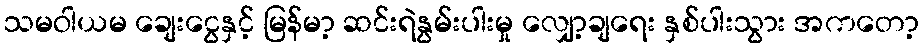
သမဝါယမ ချေးငွေနှင့် မြန်မာ့ ဆင်းရဲနွမ်းပါးမှု လျှော့ချရေး နှစ်ပါးသွား အကတော့